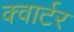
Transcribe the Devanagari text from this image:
क्‍वार्टर